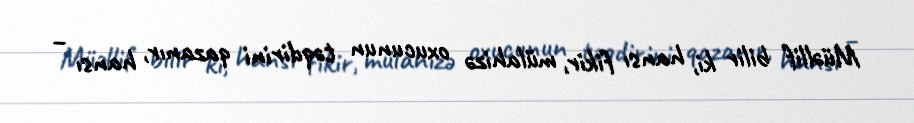
Müəllif bilir ki, hansı fikir, mülahizə oxucunun təqdirini qazanır, hansı –